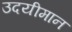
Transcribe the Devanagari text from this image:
उदयीमान